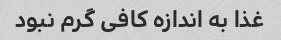
غذا به اندازه کافی گرم نبود